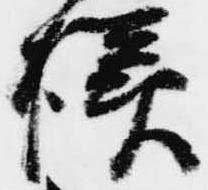
様